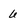
Character: 6